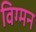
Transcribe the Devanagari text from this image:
विग्मन